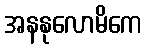
အနနုလောမိကေ